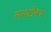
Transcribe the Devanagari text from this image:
समष्टीरूप